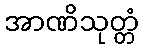
အာဏိသုတ္တံ